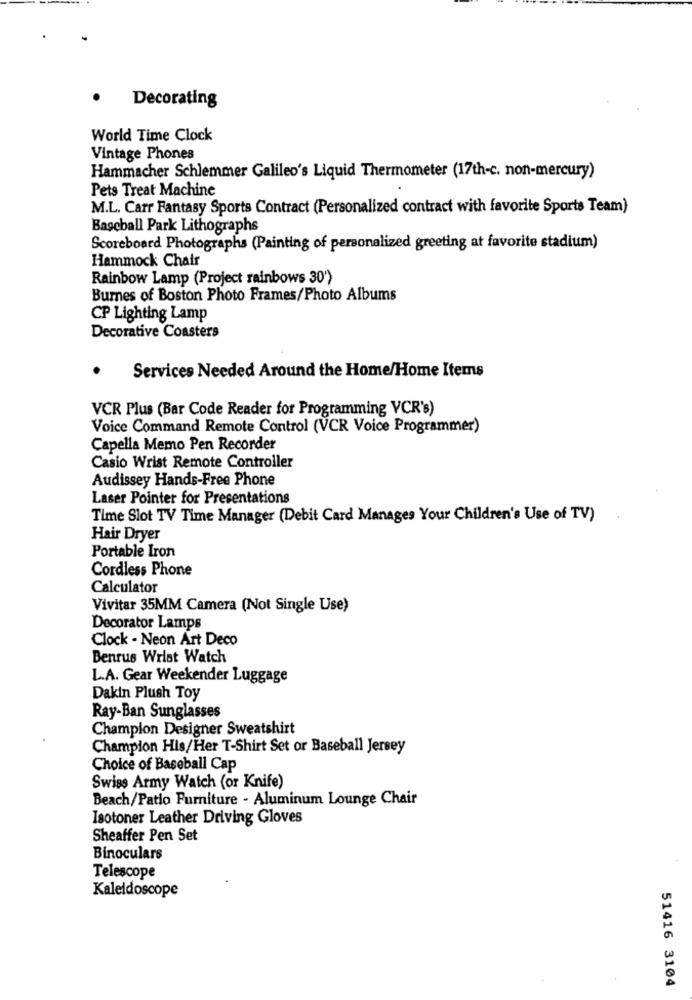
Decorating
World Time Clock
Vintage Phones
Hammacher Schlemmer Galileo's Liquid Thermometer (17th-c. non-mercury)
Pets Treat Machine
M.L. Carr Fantasy Sports Contract (Personalized contract with favorite Sports Team)
Baseball Park Lithographs
Scoreboard Photographs (Painting of personalized greeting at favorite stadium)
Hammock Chair
Rainbow Lamp (Project rainbows 30')
Burnes of Boston Photo Frames/Photo Albums
CP Lighting Lamp
Decorative Coasters
Services Needed Around the Home/Home Items
VCR Plus (Bar Code Reader for Programming VCR's)
Voice Command Remote Control (VCR Voice Programmer)
Capella Memo Pen Recorder
Casio Wrist Remote Controller
Audissey Hands-Free Phone
Laser Pointer for Presentations
Time Slot TV Time Manager (Debit Card Manages Your Children's Use of TV)
Hair Dryer
Portable Iron
Cordless Phone
Calculator
Vivitar 35MM Camera (Not Single Use)
Decorator Lamps
Clock - Neon Art Deco
Benrus Wrist Watch
L.A. Gear Weekender Luggage
Dakin Plush Toy
Ray-Ban Sunglasses
Champion Designer Sweatshirt
Champion His/Her T-Shirt Set or Baseball Jersey
Choice of Baseball Cap
Swiss Army Watch (or Knife)
Beach/Patio Furniture - Aluminum Lounge Chair
Isotoner Leather Driving Gloves
Sheaffer Pen Set
Binoculars
Telescope
Kaleidoscope
51416 3104